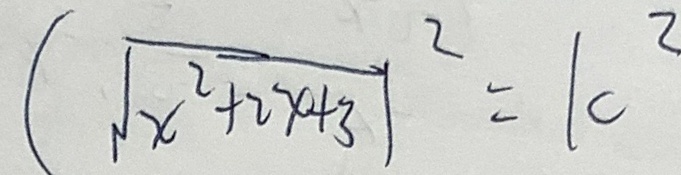
\sqrt { x ^ { 2 } + 2 x + 3 } ^ { 2 } = 1 0 ^ { 2 }